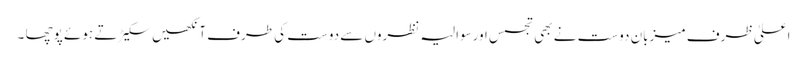
اعلیٰ ظرف میزبان دوست نے بھی تجسس اورسوالیہ نظروں سے دوست کی طرف آنکھیں سکیڑ تے ہوئے پوچھا ۔